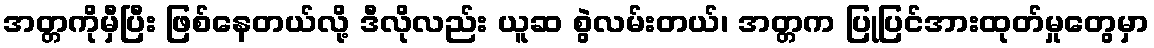
အတ္တကိုမှီပြီး ဖြစ်နေတယ်လို့ ဒီလိုလည်း ယူဆ စွဲလမ်းတယ်၊ အတ္တက ပြုပြင်အားထုတ်မှုတွေမှာ